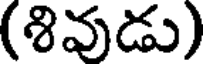
(శివుడు)